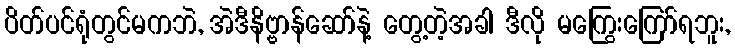
ပိတ်ပင်ရုံတွင်မကဘဲ, အဲဒီနိဗ္ဗာန်ဆော်နဲ့ တွေ့တဲ့အခါ ဒီလို မကြွေးကြော်ရဘူး,